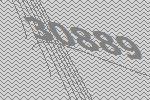
30889